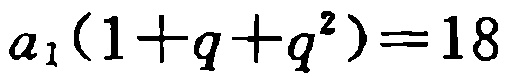
\(a_{1}(1 + q + q^{2}) = 18\)